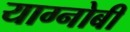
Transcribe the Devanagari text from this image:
याग्नोबी